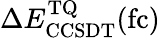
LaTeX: \Delta E_{\mathrm{CCSDT}}^{\mathrm{TQ}}(\mathrm{fc})